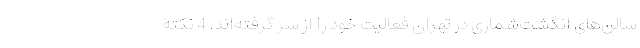
سالن‌های انگشت‌شماری در تهران فعالیت خود را از سر گرفته‌اند. 4 نکتۀ